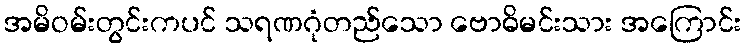
အမိဝမ်းတွင်းကပင် သရဏဂုံတည်သော ဗောဓိမင်းသား အကြောင်း